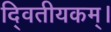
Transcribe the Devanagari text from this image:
दि्वतीयकम्।